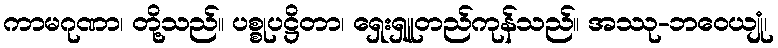
ကာမဂုဏာ၊ တို့သည်။ ပစ္စုပဋ္ဌိတာ၊ ရှေးရှူတည်ကုန်သည်။ အဿု-ဘဝေယျုံ၊